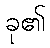
ခု၏